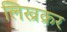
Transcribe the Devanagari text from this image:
लिख्रक्रर